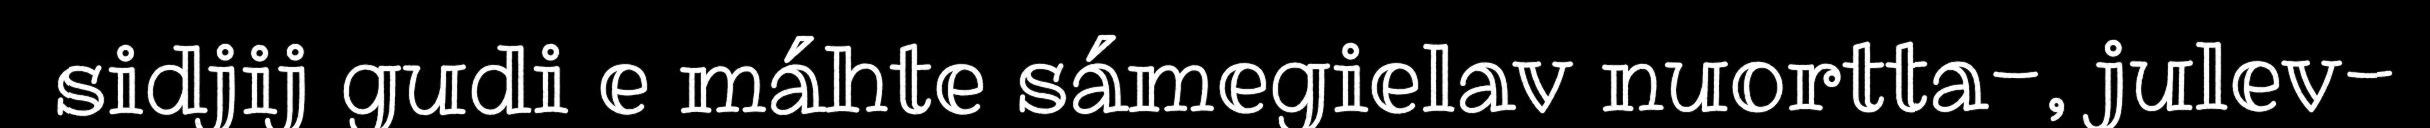
sidjij gudi e máhte sámegielav nuortta-, julev-